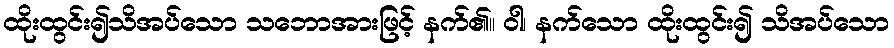
ထိုးထွင်း၍သိအပ်သော သဘောအားဖြင့် နက်၏။ ဝါ၊ နက်သော ထိုးထွင်း၍ သိအပ်သော